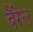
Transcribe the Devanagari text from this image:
वैरेल